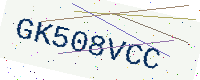
Text: GK508VCC